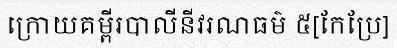
ក្រោយគម្ពីរបាលីនីវរណធម៌ ៥[កែប្រែ]